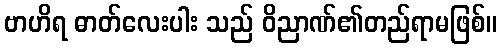
ဗာဟိရ ဓာတ်လေးပါး သည် ဝိညာဏ်၏တည်ရာမဖြစ်။